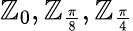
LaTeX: \mathbb{Z}_{0},\mathbb{Z}_{\frac{{\pi}}{{8}}},\mathbb{Z}_{\frac{{\pi}}{{4}}}